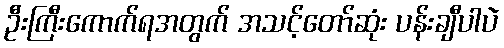
ဦးကြီးကောက်ရအတွက် အသင့်တော်ဆုံး ပန်းချီပါပဲ